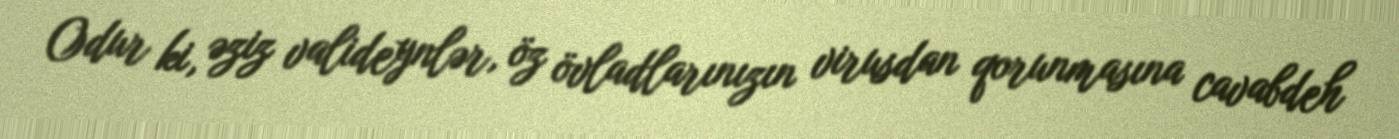
Odur ki, əziz valideynlər, öz övladlarınızın virusdan qorunmasına cavabdeh